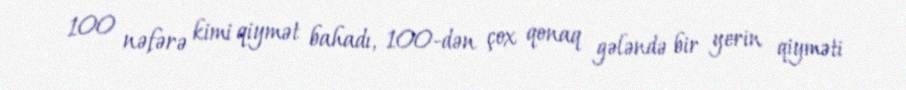
100 nəfərə kimi qiymət bahadı, 100-dən çox qonaq gələndə bir yerin qiyməti